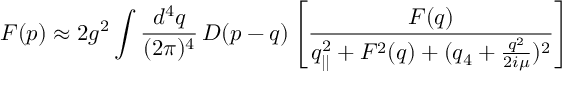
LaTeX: F ( p ) \approx 2 g ^ { 2 } \int \frac { d ^ { 4 } q } { ( 2 \pi ) ^ { 4 } } \, { \cal D } ( p - q ) \left[ \frac { F ( q ) } { q _ { | | } ^ { 2 } + F ^ { 2 } ( q ) + ( q _ { 4 } + \frac { q ^ { 2 } } { 2 i \mu } ) ^ { 2 } } \right]